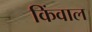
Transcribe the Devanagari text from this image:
किंवाल